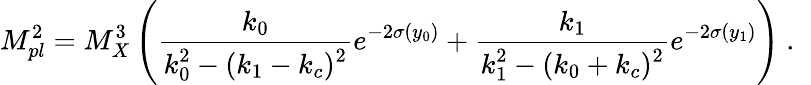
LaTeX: M_{pl}^{2}={M_{X}^{3}}\left({\frac{k_{0}}{\displaystyle{k_{0}^{2}-(k_{1}-k_{c})^{2}}}}e^{-2\sigma(y_{0})}+{\frac{k_{1}}{\displaystyle{k_{1}^{2}-(k_{0}+k_{c})^{2}}}}e^{-2\sigma(y_{1})}\right)~.~\,